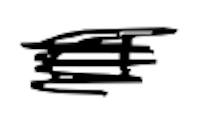
Text: a
Cross-out: scratch
Writing tool: digital_black